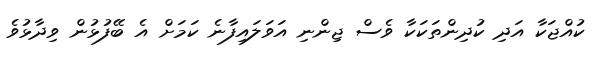
ކުއްޖަކާ އަދި ކުދިންތަކަކާ ވެސް ޖިންނި އަވަލައިފާނެ ކަމަށް އެ ބޭފުޅުން ވިދާޅުވެ